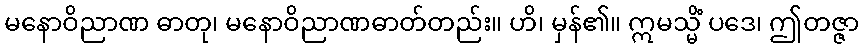
မနောဝိညာဏ ဓာတု၊ မနောဝိညာဏဓာတ်တည်း။ ဟိ၊ မှန်၏။ ဣမသ္မိံ ပဒေ၊ ဤတဇ္ဇာ